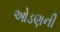
ઓડણની